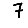
Digit: 7